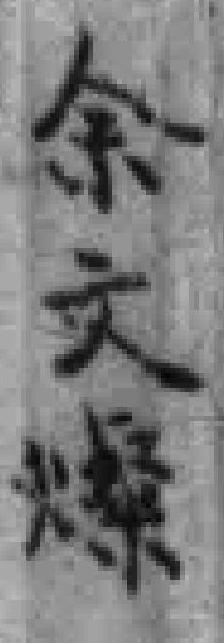
余文燦